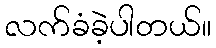
လက်ခံခဲ့ပါတယ်။